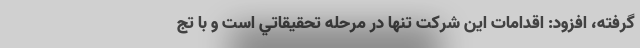
گرفته، افزود: اقدامات این شرکت تنها در مرحله تحقيقاتي است و با تج